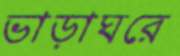
ভাড়াঘরে